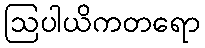
ဩပါယိကတရော